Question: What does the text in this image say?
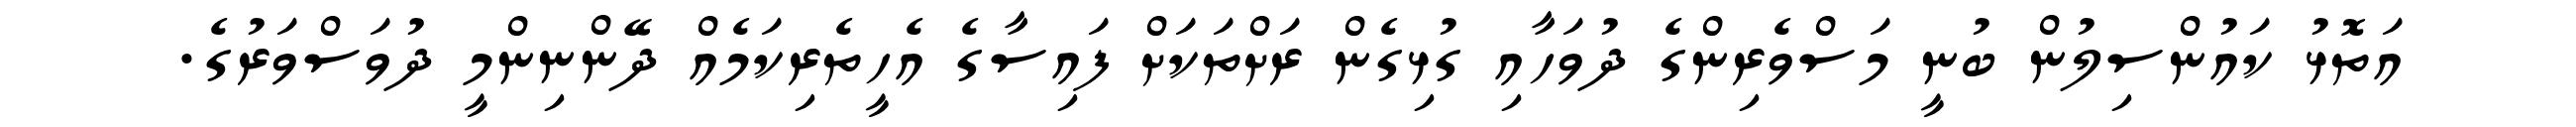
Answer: އަތޮޅު ކައުންސިލުން ބުނީ މަސްވެރިންގެ ދުވަހާއި ގުޅިގެން ރަށްތަކަށް ފައިސާގެ އެހީތެރިކަމެއް ދޭންނިންމީ ދުވަސްވަރުގެ.